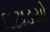
ઘટાડયો